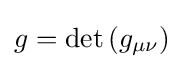
{g}=\det \left({g}_{\mu \nu }\right)